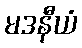
မဒနီယံ